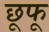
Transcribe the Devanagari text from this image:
छूफू